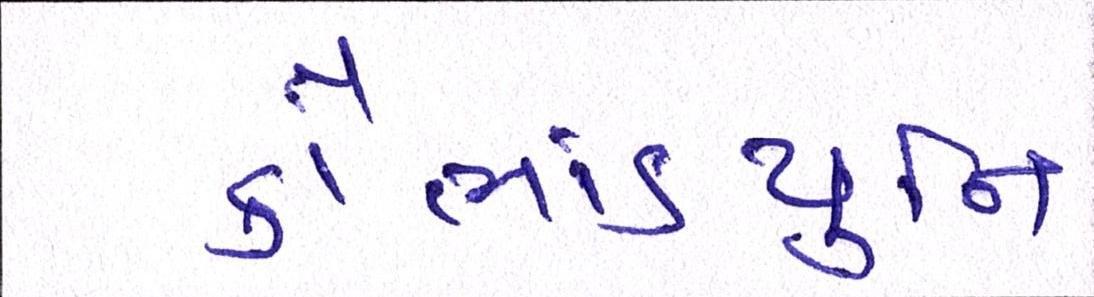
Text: કૌભાંડયુનિ